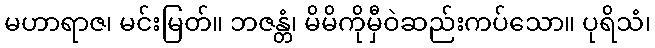
မဟာရာဇ၊ မင်းမြတ်။ ဘဇန္တံ၊ မိမိကိုမှီဝဲဆည်းကပ်သော။ ပုရိသံ၊